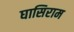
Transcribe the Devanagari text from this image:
घासिराम